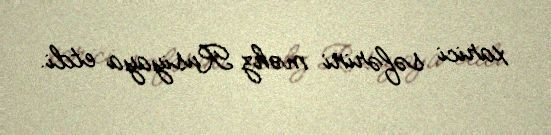
xarici səfərini məhz Rusiyaya etdi.